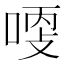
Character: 𠶺